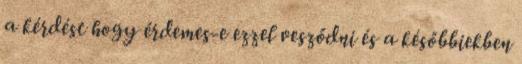
a kérdést hogy érdemes-e ezzel vesződni és a későbbiekben